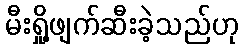
မီးရှို့ဖျက်ဆီးခဲ့သည်ဟု